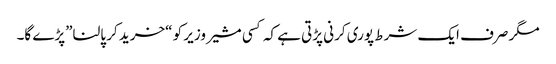
مگر صرف ایک شرط پوری کرنی پڑتی ہے کہ کسی مشیر وزیر کو “خرید کر پالنا”پڑے گا۔